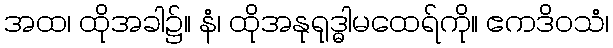
အထ၊ ထိုအခါ၌။ နံ၊ ထိုအနုရုဒ္ဓါမထေရ်ကို။ ဧကဒိဝသံ၊